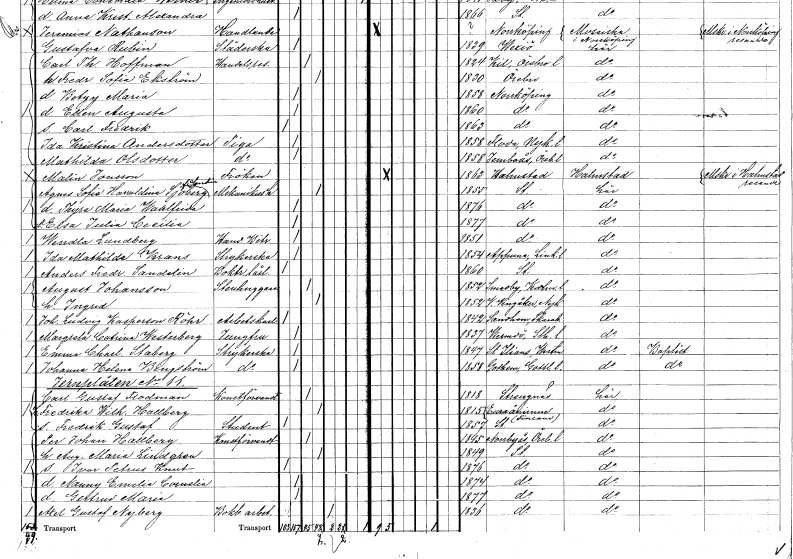
gt_parse: households: individuals: FN: Agnes Sofia Haraldina
EN: Sjöberg Sandin
YRKE: Mekanikushustru
KON: K
CIV: G
FODAR: 1855
FODFORS: Stockholm
FN: Thyra Maria Wahlfrida
KON: K
CIV: O
FODAR: 1876
FODFORS: Stockholm
FN: Elsa Julia Cecilia
KON: K
CIV: O
FODAR: 1877
FODFORS: Stockholm
FN: Wendla
EN: Lundberg
YRKE: Handelsbiträde
KON: K
CIV: O
FODAR: 1851
FODFORS: Stockholm
FN: Ida Mathilda
EN: Krans
YRKE: Strykerska
KON: K
CIV: O
FODAR: 1854
FODFORS: Appuna Östergötlands län
FN: Anders Fredrik
EN: Sandelin
YRKE: Boktryckerilärling
KON: M
CIV: O
FODAR: 1860
FODFORS: Stockholm
FN: August
EN: Johansson
YRKE: Stenhuggare
KON: M
CIV: G
FODAR: 1852
FODFORS: Smedby Kalmar län
FN: Ingrid
KON: K
CIV: G
FODAR: 1852
FODFORS: Västra Vingåker Södermanlands län
FN: Johan Ludvig
EN: Kasperson Röhr
YRKE: Arbetskarl
KON: M
CIV: O
FODAR: 1842
FODFORS: Sandhem Skaraborgs län
FN: Margreta Catrina
EN: Westerberg
YRKE: Jungfru
KON: K
CIV: O
FODAR: 1837
FODFORS: Värmdö Stockholms län
FN: Emma Charlotta
EN: Staberg
YRKE: Strykerska
KON: K
CIV: O
FODAR: 1847
FODFORS: Sankt Ilian Västmanlands län
FN: Johanna Helena
EN: Bingström
YRKE: Strykerska
KON: K
CIV: O
FODAR: 1858
FODFORS: Gothem Gotlands län
FN: Carl Gustaf
EN: Flodman
YRKE: Konstförvandt
KON: M
CIV: G
FODAR: 1818
FODFORS: Strängnäs Södermanlands län
FN: Fredrika Wilhelmina
EN: Hallberg
KON: K
CIV: G
FODAR: 1815
FN: Fredrik Gustaf
YRKE: Student
KON: M
CIV: O
FODAR: 1857
FODFORS: Stockholm
FN: Per Johan
EN: Hallberg
YRKE: Konstförvandt
KON: M
CIV: G
FODAR: 1845
FODFORS: Norrbyås Örebro län
FN: Augusta Maria
EN: Lindgren
KON: K
CIV: G
FODAR: 1849
FODFORS: Stockholm
FN: Ivar Petrus Knut
KON: M
CIV: O
FODAR: 1876
FODFORS: Stockholm
FN: Nanny Emelia Cornelia
KON: K
CIV: O
FODAR: 1874
FODFORS: Stockholm
FN: Gertrud Maria
KON: K
CIV: O
FODAR: 1877
FODFORS: Stockholm
FN: Axel Gustaf
EN: Nyberg
YRKE: Bokbinderiarbetare
KON: M
CIV: E
FODAR: 1836
FODFORS: Stockholm